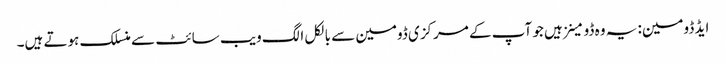
ایڈ ڈومین: یہ وہ ڈومینز ہیں جو آپ کے مرکزی ڈومین سے بالکل الگ ویب سائٹ سے منسلک ہوتے ہیں۔